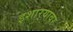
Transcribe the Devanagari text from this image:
इशार्‍यावर